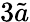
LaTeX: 3\tilde{a}